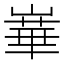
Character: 𪩓